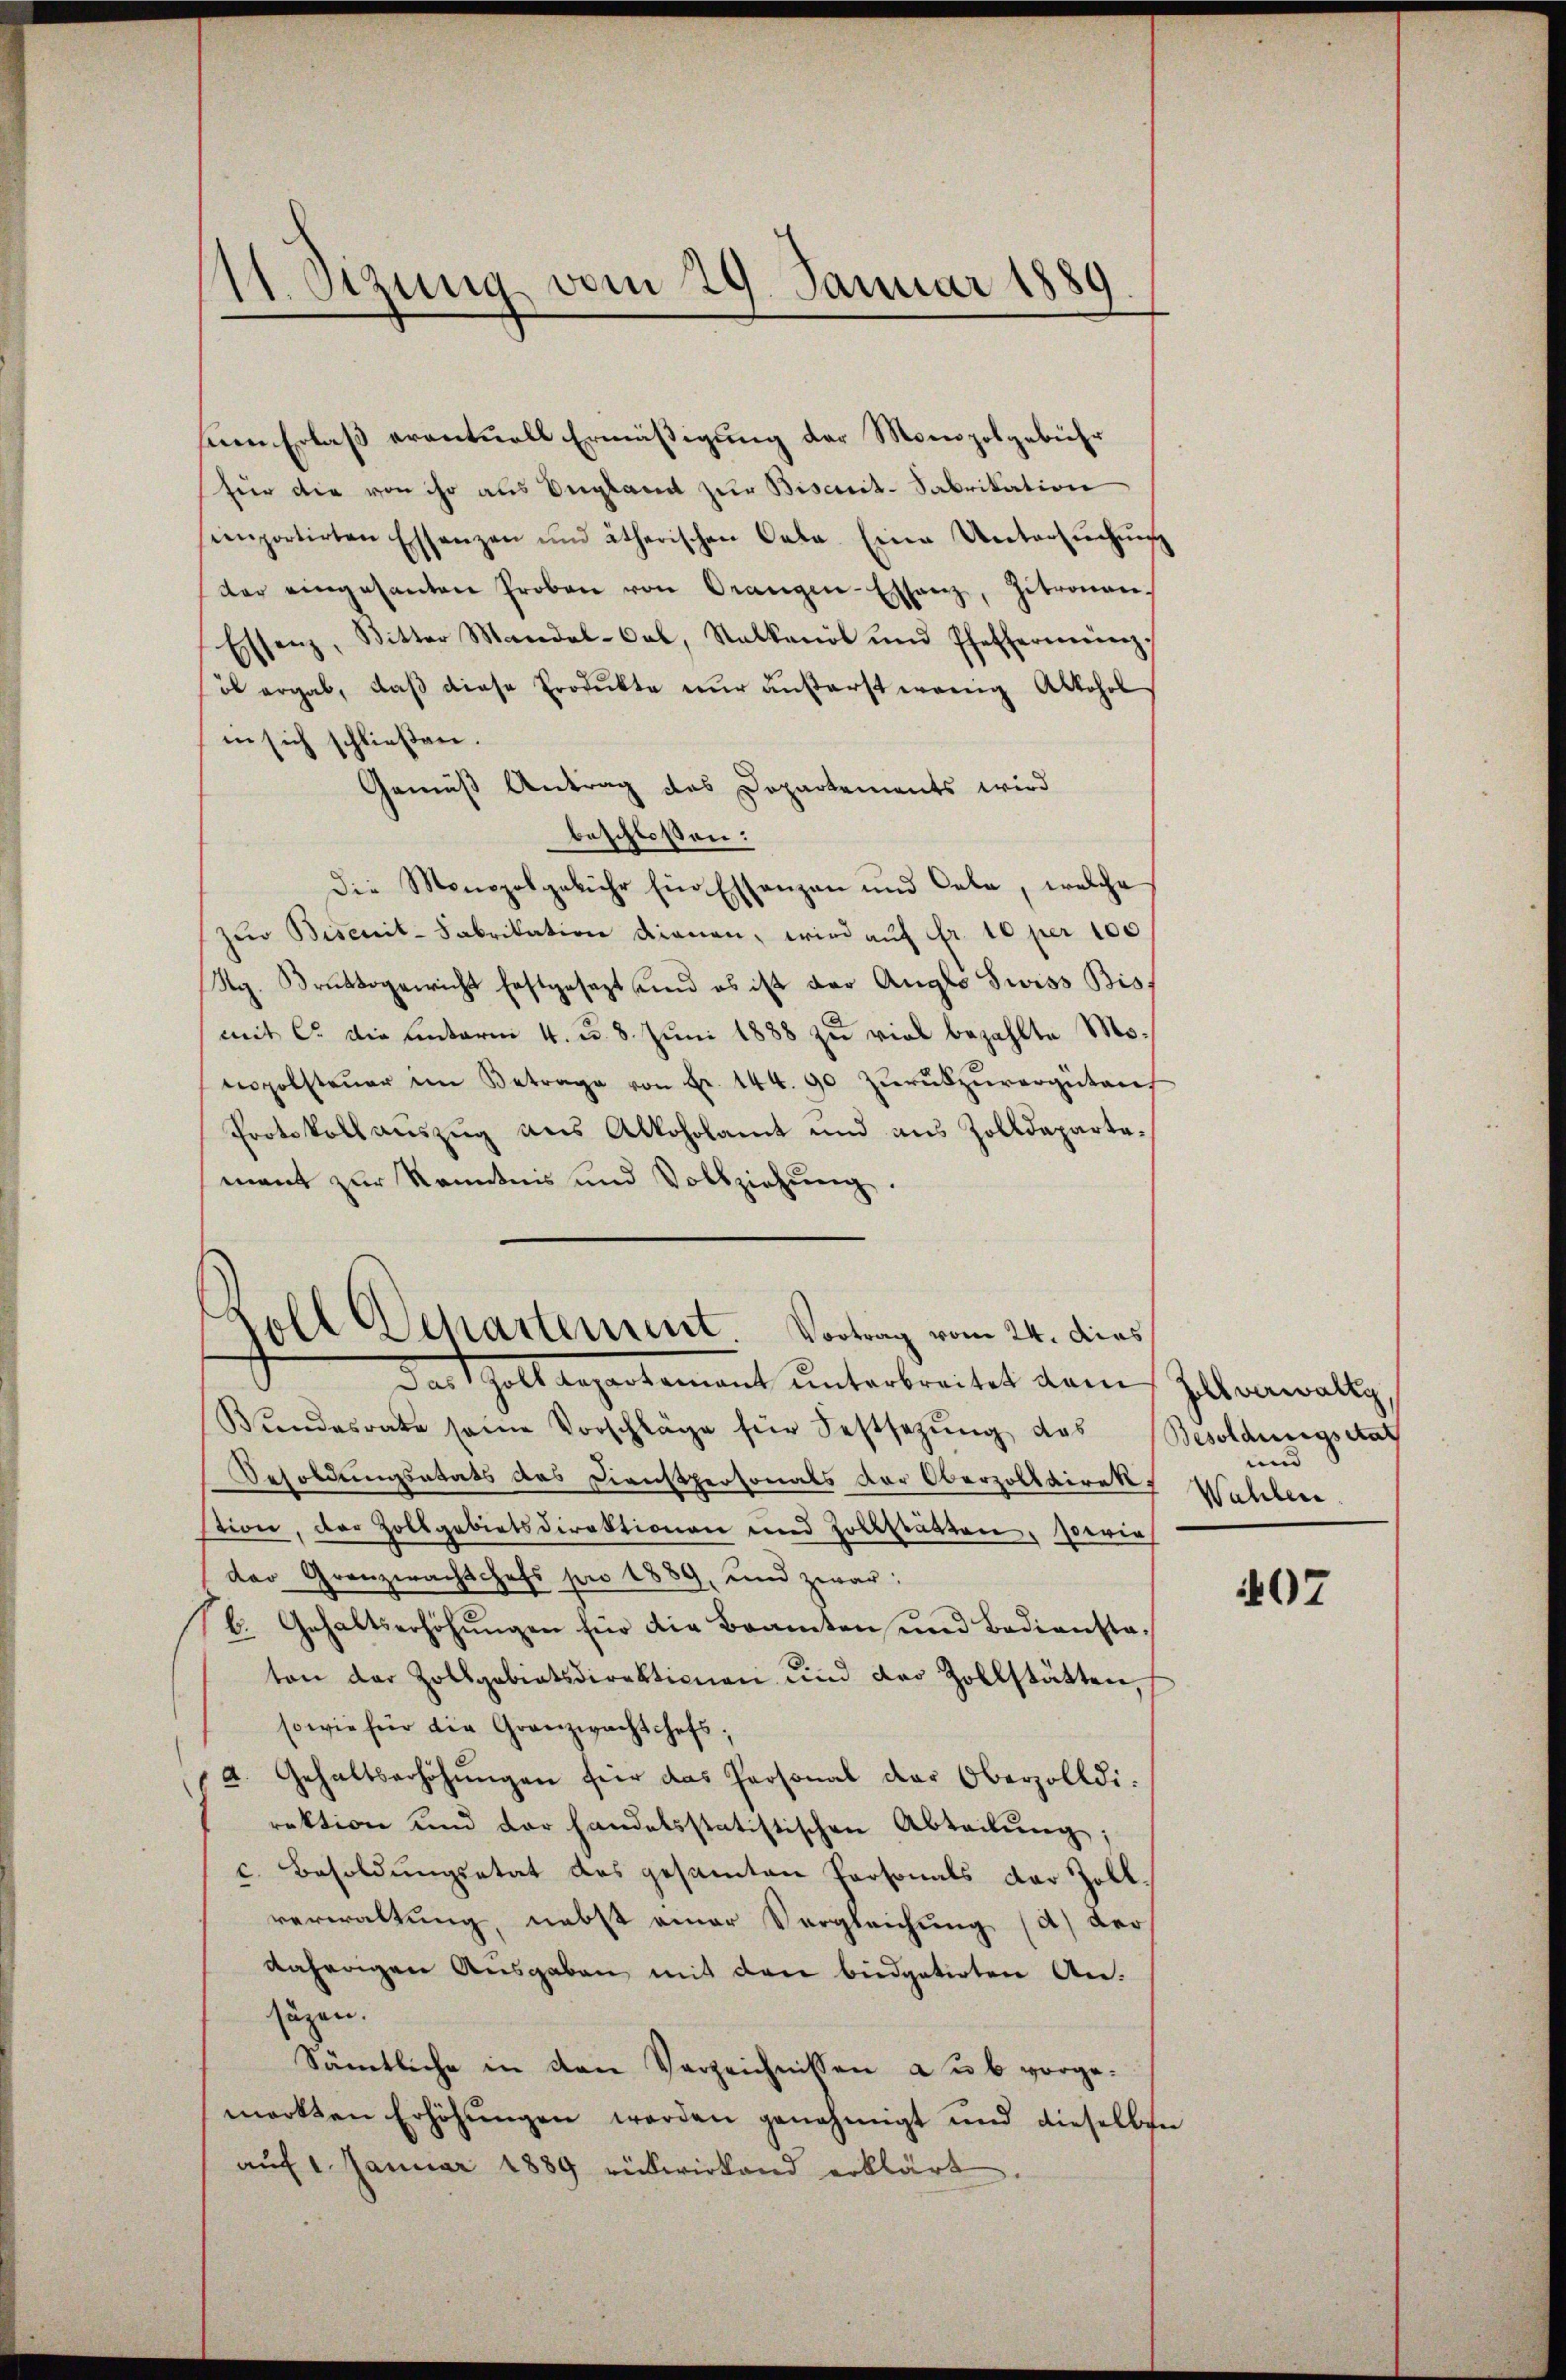
11. Sizung vom 29. Januar 1889

uen Erlaß eventuell Ermäßigung der Monopolgebühr
für die von ihr aus Ungland zur Biscit-Fabrikation
ienportirten Essenzen und ätherischen Cala. Eine Untersŭchŭng
der eingesanten Proben von Orangen-Erstanz, Zitronen-
Essenz, Witter Mandal-Cal, Stalkanal und Pfefferming,
ob ergab, daβ diese Produkte nur äußerst wenig Alkohol
in sich schließen.
Gemäß Antrag des Departements wird
beschlossen:
Die Monopolgebühr Ein Estanzen und lebe, welche
zur Bisenit-Fabrikation dienen, wird auf Fr. 10 per 100
Rg. Bruttogenricht festgesezt und es ist der Anglo Swiss Bis
mit C. die unterm 4. d. 8. Juni 1888 zu viel bezahlte Motpolsteŭer im Betrage von Fr. 144. 90 zŭrükzŭvergüten
Protokoll auszug aus Alkoholamt und aus Zolldepartemant zur Kenntnis und Vollziehŭng.
Bŭndesrate seine Vorschläge für Festsezŭng das Besoldungsetat
Besoldungsetats des Dienstpersonals der Oberzolldirekt,
stion, der Zollgebietsdirektionen und Zollstätten, sowie
der Grenzwachtchefs pro 1889, und zwar:
b. Gehaltserhöhungen für die Beamten und Bedienstaten der Zollgebietsdirektionen und der Zollstätten,
sowie für die Granzwachtchefs,
2. Gehaltserhöhŭngen für das Personal der Oberzolldi-
rektion und der handelsstatistischen Abteilŭng,
c. Besoldungsetat des gesamten Personals der Zollverwaltung, nebst einer Vergleichung (a) der
daherigen Ausgaben mit den büdgetirten Ansäzen.
Sämtliche in den Verzeichnissen aub vorge-
merkten Erhöhŭngen werden genehmigt und dieselben
auf 1 Januar 1889 rückwirkend erklärt

Goll Departement Vortrag vom 24. dies
Das Zolldepartement unterbreitet dann Zlanwaltz,

und
Wahlen.

407